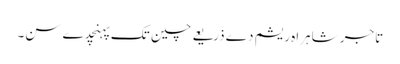
تاجر شاہراہ ریشم دے ذریعے چین تک پہنچدے سن۔